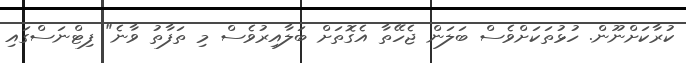
ކުރާކަށްނޫން. ހުޅުތަކަށްވެސް ބަލަން ޖެހޭތާ އެގޮތަށް ބަލާއިރުވެސް މި ތަފާތު ވާނެ" ފިޓްނަސްގައި